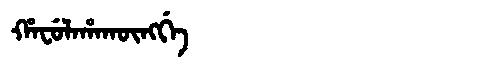
Manchu: ᡥᠠᠸᡠᠯᠠᡥᠠᡴᡡᠩᡤᡝ
Romanization: HAFULAHAKŪNGGE